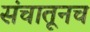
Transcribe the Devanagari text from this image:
संचातूनच